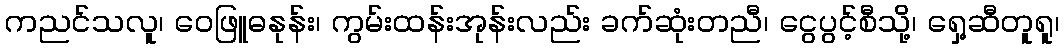
ကညင်သလူ၊ ဝေဖြူဓနုန်း၊ ကွမ်းထန်းအုန်းလည်း ခက်ဆုံးတညီ၊ ငွေပွင့်စီသို့၊ ရှေ့ဆီတူရူ၊